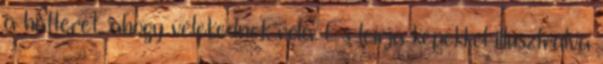
a hátterét, ahogy vélekednek róla. És leírja képekkel illusztrálva